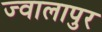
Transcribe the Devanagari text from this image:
ज्‍वालापुर